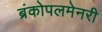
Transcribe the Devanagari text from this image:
ब्रंकोपलमेनरी